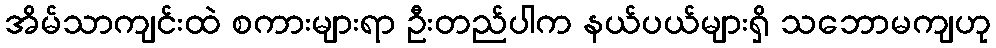
အိမ်သာကျင်းထဲ စကားများရာ ဦးတည်ပါက နယ်ပယ်များရှိ သဘောမကျဟု